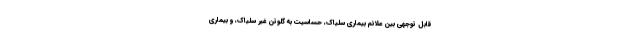
قابل توجهی بین علائم بیماری سلیاک، حساسیت به گلوتن غیر سلیاک، و بیماری